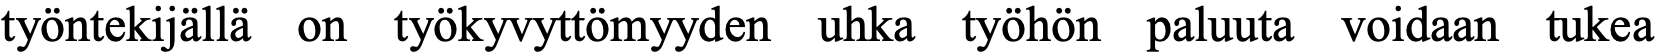
työntekijällä on työkyvyttömyyden uhka työhön paluuta voidaan tukea